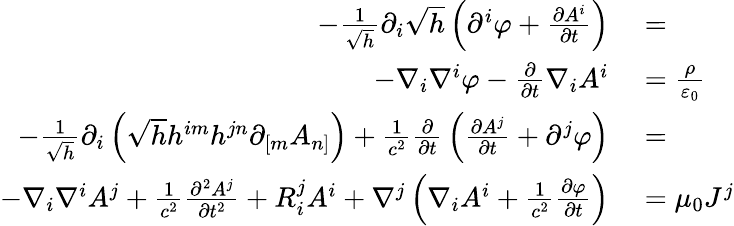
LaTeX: \begin{array}{rl}{-{\frac{1}{\sqrt{h}}}\partial_{i}{\sqrt{h}}\left(\partial^{i}\varphi+{\frac{\partial A^{i}}{\partial t}}\right)}&{{}=}\\ {-\nabla_{i}\nabla^{i}\varphi-{\frac{\partial}{\partial t}}\nabla_{i}A^{i}}&{{}={\frac{\rho}{\varepsilon_{0}}}}\\ {-{\frac{1}{\sqrt{h}}}\partial_{i}\left({\sqrt{h}}h^{im}h^{jn}\partial_{[m}A_{n]}\right)+{\frac{1}{c^{2}}}{\frac{\partial}{\partial t}}\left({\frac{\partial A^{j}}{\partial t}}+\partial^{j}\varphi\right)}&{{}=}\\ {-\nabla_{i}\nabla^{i}A^{j}+{\frac{1}{c^{2}}}{\frac{\partial^{2}A^{j}}{\partial t^{2}}}+R_{i}^{j}A^{i}+\nabla^{j}\left(\nabla_{i}A^{i}+{\frac{1}{c^{2}}}{\frac{\partial\varphi}{\partial t}}\right)}&{{}=\mu_{0}J^{j}}\end{array}